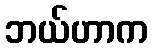
ဘယ်ဟာက